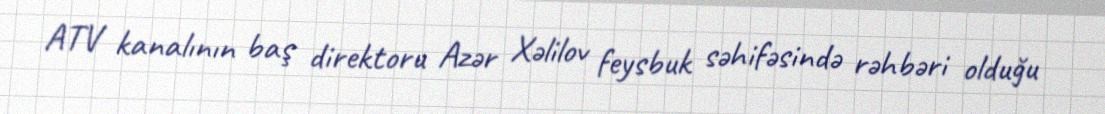
ATV kanalının baş direktoru Azər Xəlilov feysbuk səhifəsində rəhbəri olduğu